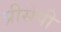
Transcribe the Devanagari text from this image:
प्रीसेपी